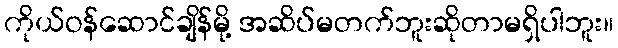
ကိုယ်ဝန်ဆောင်ချိန်မို့ အဆိပ်မတက်ဘူးဆိုတာမရှိပါဘူး။